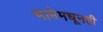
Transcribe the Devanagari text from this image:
भाषेमधूनही